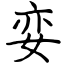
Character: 娈